65_HS1-834228961_62-HQ-83894_Section_4
Agency: FBI
Page 36
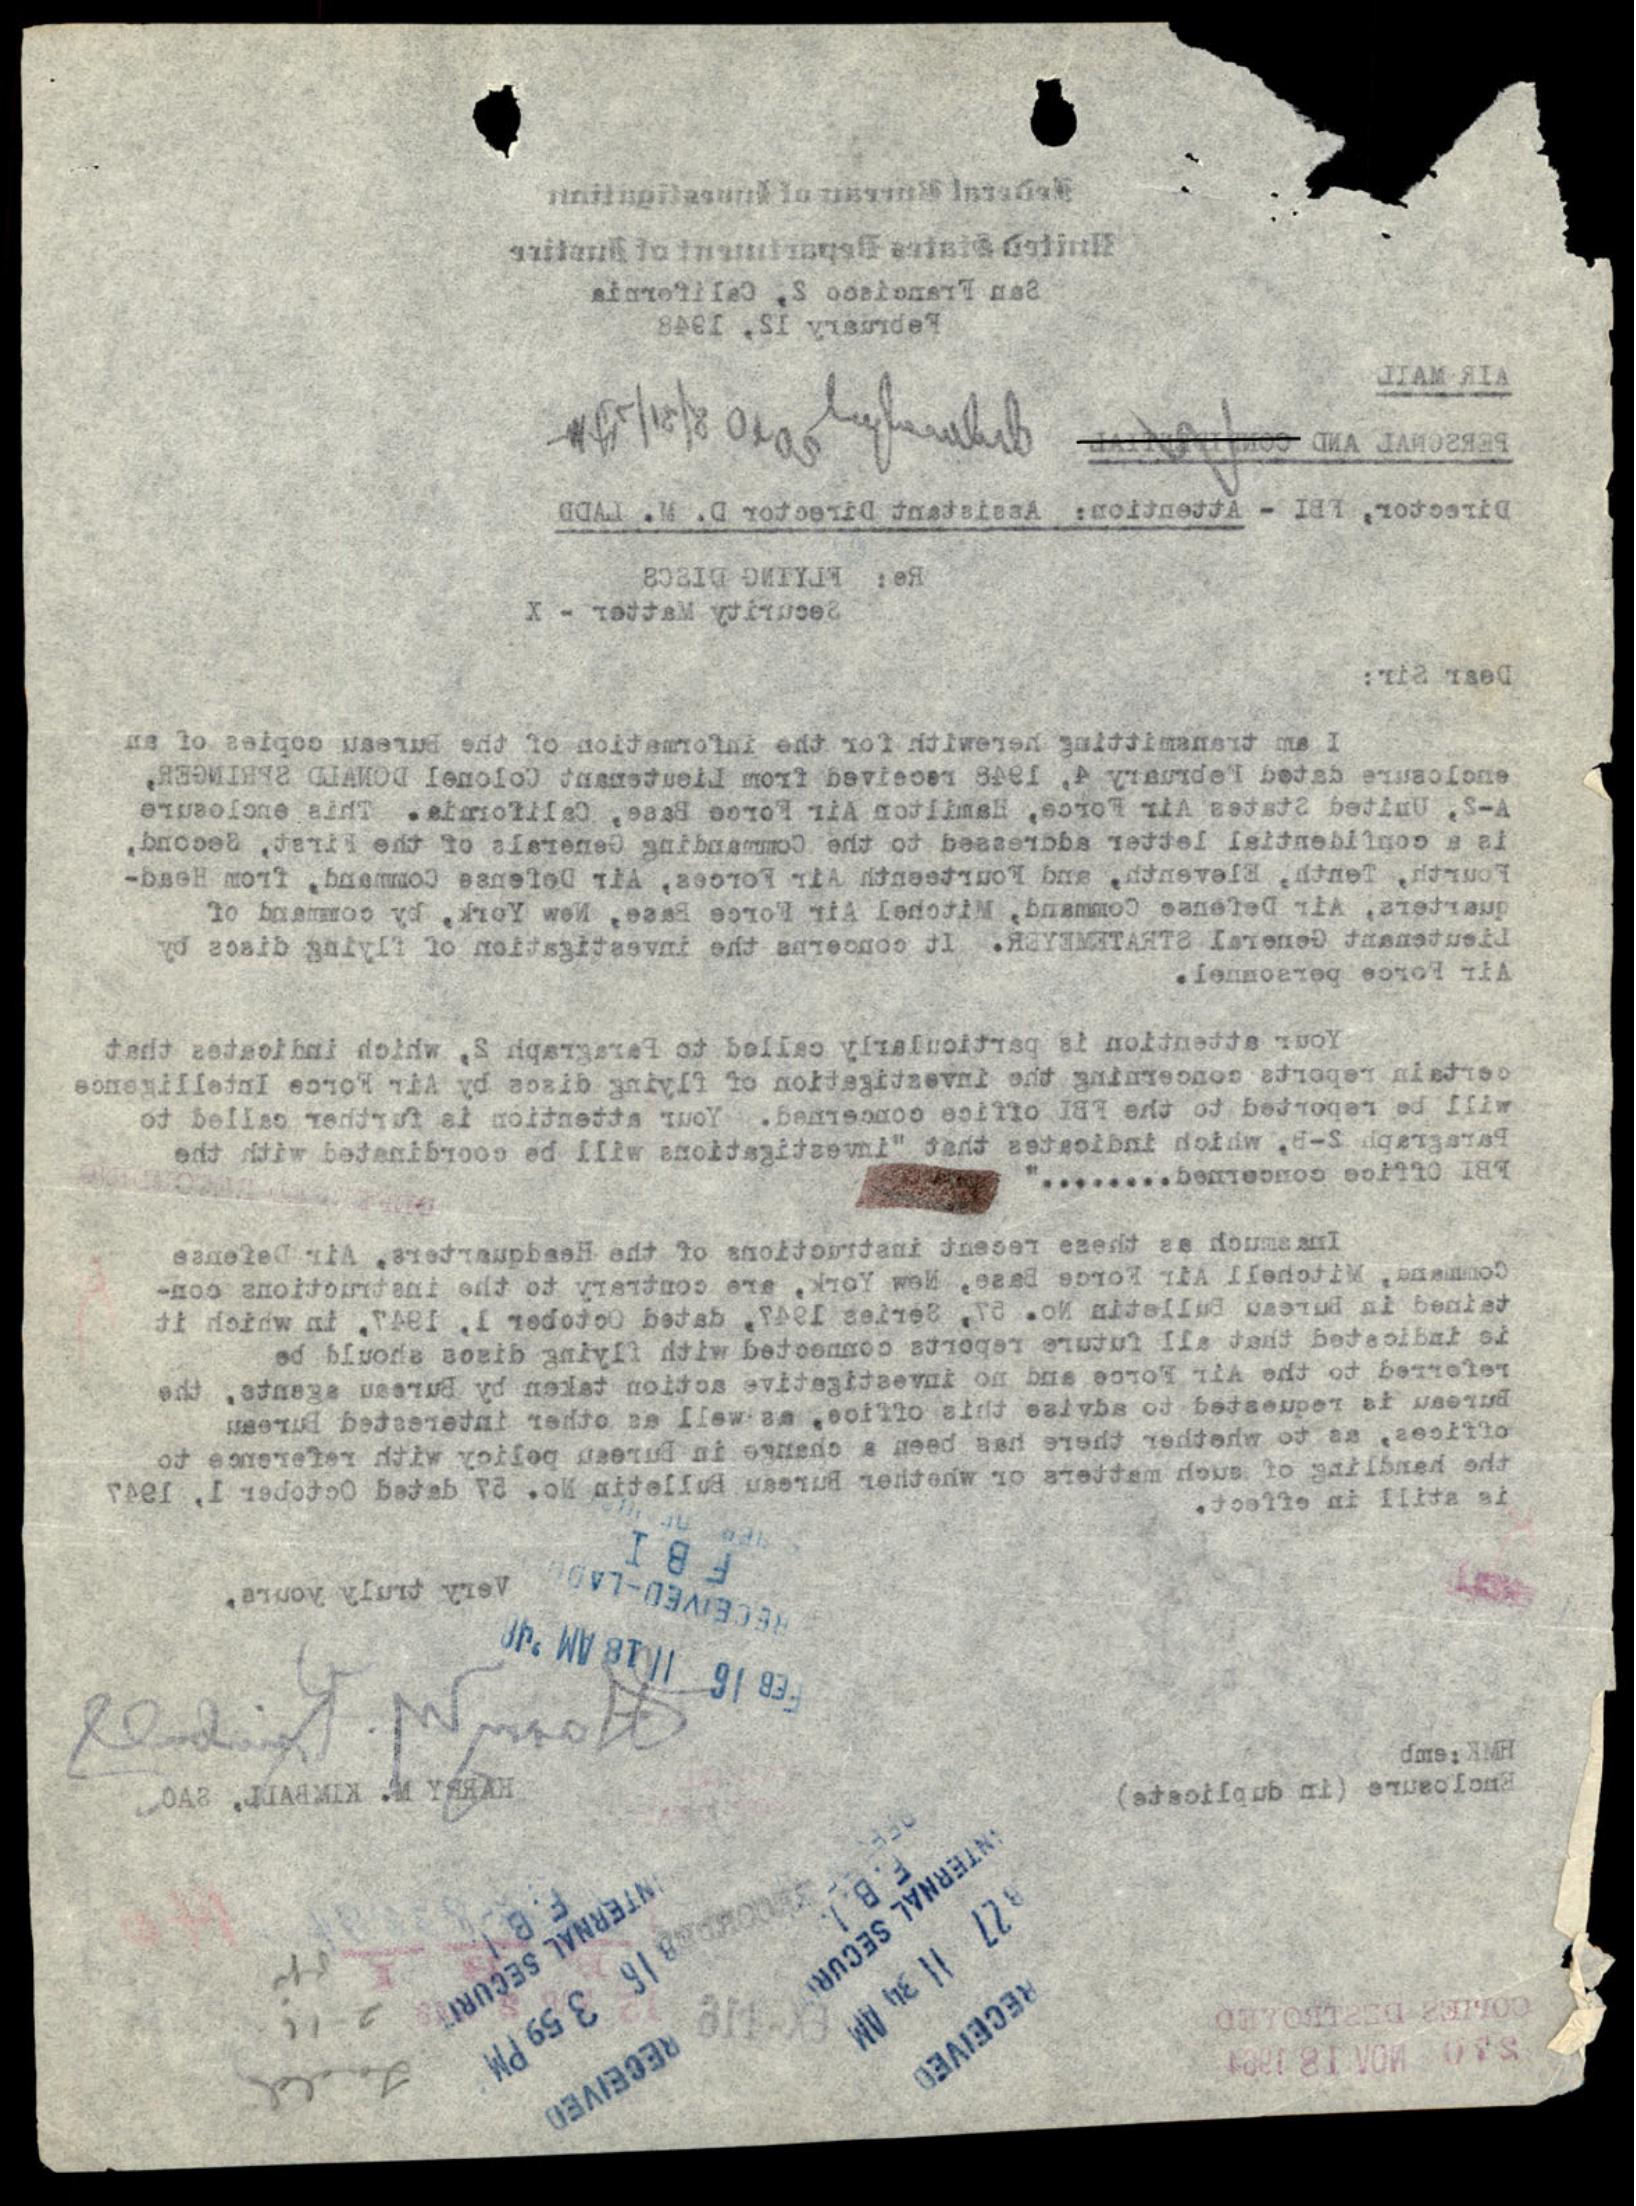